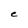
Character: e